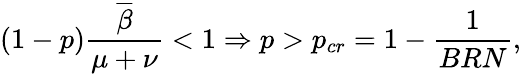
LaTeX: (1-p)\frac{\overline{{\beta}}}{\mu+\nu}<1\Rightarrow p>p_{cr}=1-\frac{1}{BRN},